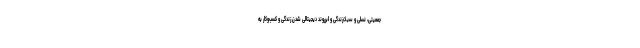
جمعیتی، نسلی و سبک‌زندگی و ابرروند دیجیتالی شدن زندگی و کسب‌وکار به